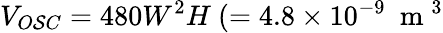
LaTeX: V_{O\mathcal{S}C}=480W^{2}H~(=4.8\times10^{-9}~\mathrm{{~m~}}^{3}